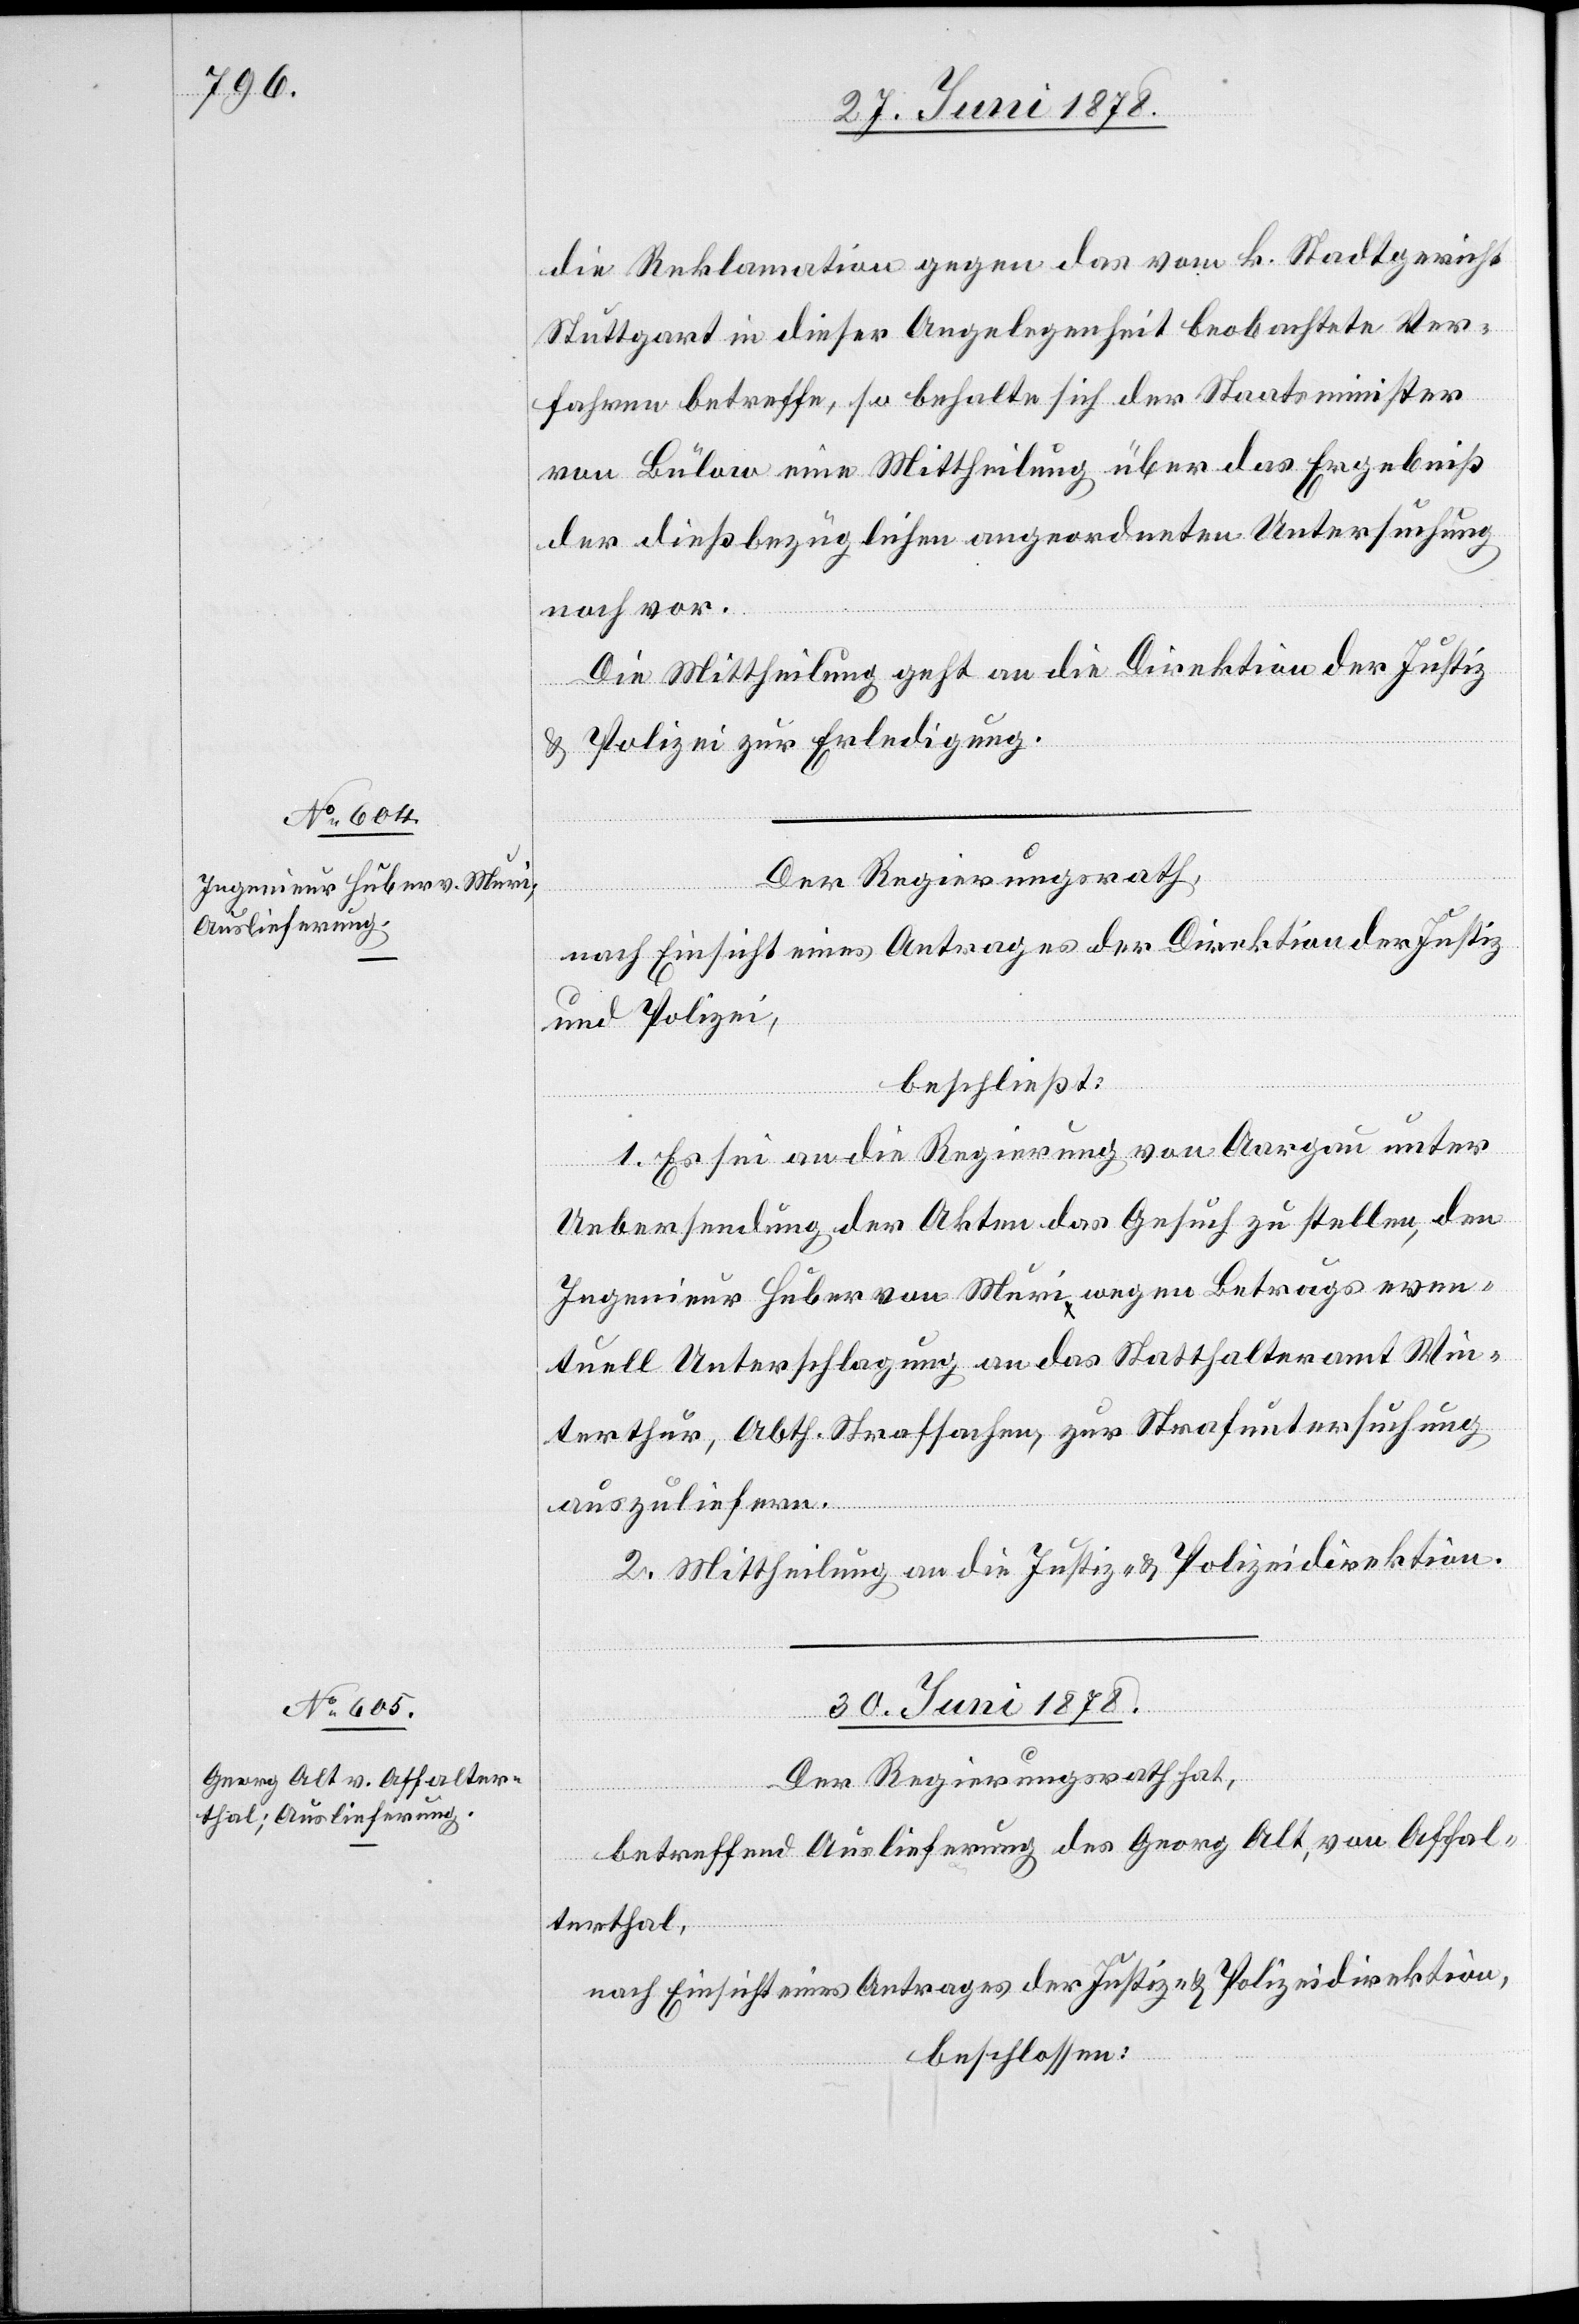
die Reklamation gegen das vom k. Stadtgericht
Stuttgart in dieser Angelegenheit beobachtete Ver¬
fahren betreffe, so behalte sich der Staatsminister
von Bülow eine Mittheilung über das Ergebniß
der dießbezüglichen angeordneten Untersuchung
noch vor.
Die Mittheilung geht an die Direktion der Justiz
& Polizei zur Erledigung.
Der Regierungsrath,
nach Einsicht eines Antrages der Direktion der Justiz
und Polizei,
beschließt:
1. Es sei an die Regierung von Aargau unter
Uebersendung der Akten das Gesuch zu stellen, den
Ingenieur Huber von Muri wegen Betrugs even¬
tuell Unterschlagung an das Statthalteramt Win¬
terthur, Abth. Strafsachen, zur Strafuntersuchung
auszuliefern.
2. Mittheilung an die Justiz- & Polizeidirektion.
30. Juni 1878.
Der Regierungsrath hat,
betreffend Auslieferung des Georg Alt, von Affal¬
terthal,
nach Einsicht eines Antrages der Justiz- & Polizeidirektion,
beschlossen: